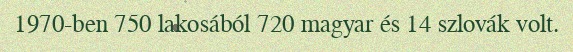
1970-ben 750 lakosából 720 magyar és 14 szlovák volt.